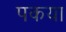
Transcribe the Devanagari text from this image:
पकया